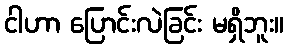
ငါဟာ ပြောင်းလဲခြင်း မရှိဘူး။